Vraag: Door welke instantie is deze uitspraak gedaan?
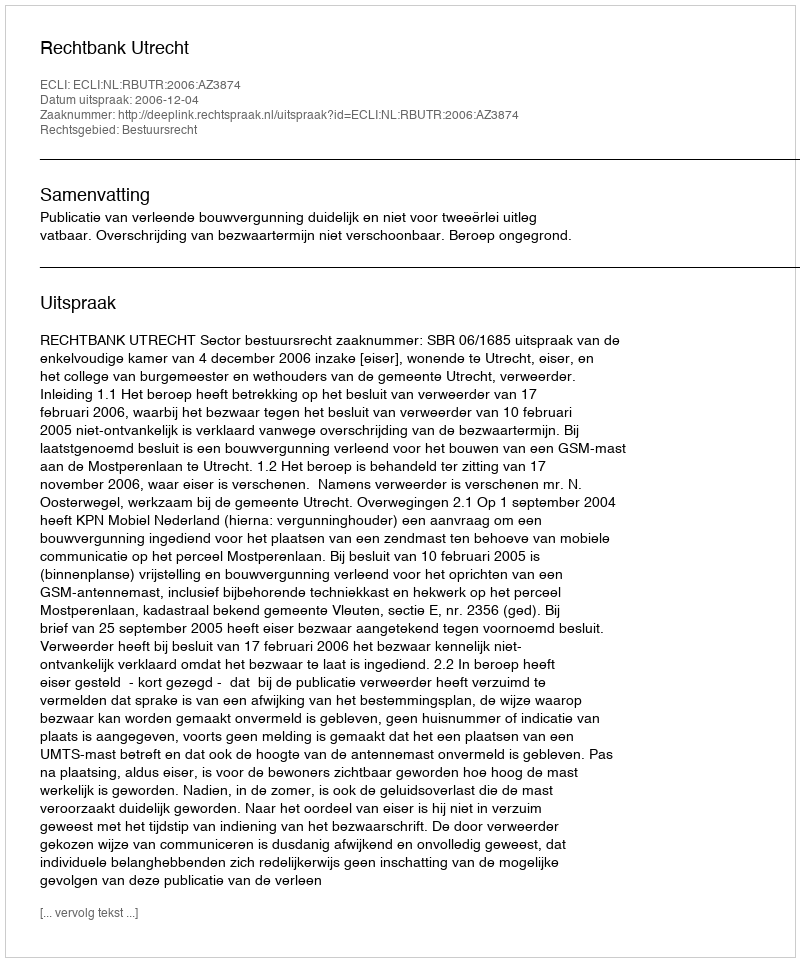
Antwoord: Rechtbank Utrecht